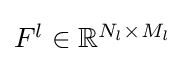
{\textstyle F^{l}\in \mathbb {R} ^{N_{l}\times M_{l}}}